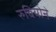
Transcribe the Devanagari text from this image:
रुबियोने